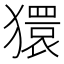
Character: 獧